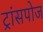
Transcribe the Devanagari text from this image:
ट्रांसपोज